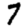
Digit: 7